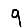
Digit: 9